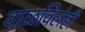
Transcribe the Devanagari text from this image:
वाळविलेही